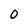
Character: O